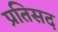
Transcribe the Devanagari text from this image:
प्रतिसद